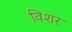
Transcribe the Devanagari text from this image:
विशर